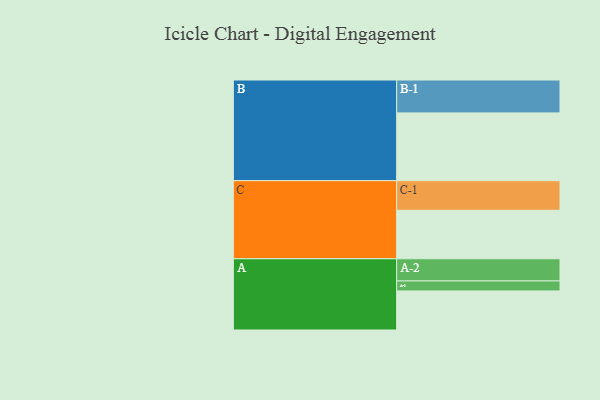
{"axis": {"x": "Segment", "y": "Value"}, "legend": ["", "A", "B", "C"], "data": [{"x": "A", "y": 324, "type": ""}, {"x": "B", "y": 562, "type": ""}, {"x": "C", "y": 402, "type": ""}, {"x": "A-1", "y": 83, "type": "A"}, {"x": "A-2", "y": 184, "type": "A"}, {"x": "B-1", "y": 273, "type": "B"}, {"x": "C-1", "y": 246, "type": "C"}]}